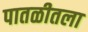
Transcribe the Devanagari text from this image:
पातळीतला